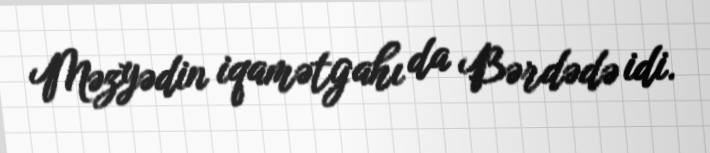
Məzyədin iqamətgahı da Bərdədə idi.